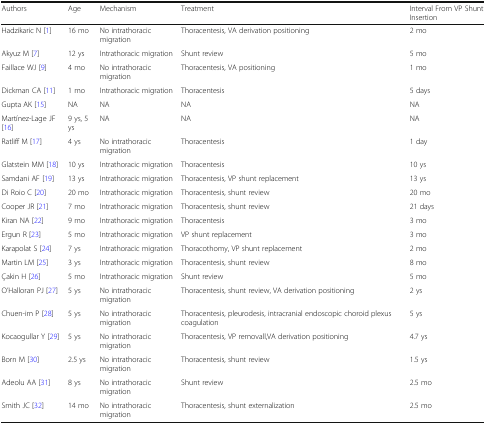
<table><thead><tr><td><b>Authors</b></td><td><b>Age</b></td><td><b>Mechanism</b></td><td><b>Treatment</b></td><td><b>Interval From VP Shunt Insertion</b></td></tr></thead><tbody><tr><td>Hadzikaric N [1]</td><td>16 mo</td><td>No intrathoracic migration</td><td>Thoracentesis, VA derivation positioning</td><td>2 mo</td></tr><tr><td>Akyuz M [7]</td><td>12 ys</td><td>Intrathoracic migration</td><td>Shunt review</td><td>5 mo</td></tr><tr><td>Faillace WJ [9]</td><td>4 mo</td><td>No intrathoracic migration</td><td>Thoracentesis, VA positioning</td><td>1 mo</td></tr><tr><td>Dickman CA [11]</td><td>1 mo</td><td>Intrathoracic migration</td><td>Thoracentesis</td><td>5 days</td></tr><tr><td>Gupta AK [15]</td><td>NA</td><td>NA</td><td>NA</td><td>NA</td></tr><tr><td>Martínez-Lage JF [16]</td><td>9 ys, 5 ys</td><td>NA</td><td>NA</td><td>NA</td></tr><tr><td>Ratliff M [17]</td><td>4 ys</td><td>No intrathoracic migration</td><td>Thoracentesis</td><td>1 day</td></tr><tr><td>Glatstein MM [18]</td><td>10 ys</td><td>Intrathoracic migration</td><td>Thoracentesis</td><td>10 ys</td></tr><tr><td>Samdani AF [19]</td><td>13 ys</td><td>Intrathoracic migration</td><td>Thoracentesis, VP shunt replacement</td><td>13 ys</td></tr><tr><td>Di Roio C [20]</td><td>20 mo</td><td>Intrathoracic migration</td><td>Thoracentesis, shunt review</td><td>20 mo</td></tr><tr><td>Cooper JR [21]</td><td>7 mo</td><td>Intrathoracic migration</td><td>Thoracentesis, shunt review</td><td>21 days</td></tr><tr><td>Kiran NA [22]</td><td>9 mo</td><td>Intrathoracic migration</td><td>Thoracentesis</td><td>3 mo</td></tr><tr><td>Ergun R [23]</td><td>5 mo</td><td>Intrathoracic migration</td><td>VP shunt replacement</td><td>3 mo</td></tr><tr><td>Karapolat S [24]</td><td>7 ys</td><td>Intrathoracic migration</td><td>Thoracothomy, VP shunt replacement</td><td>2 mo</td></tr><tr><td>Martin LM [25]</td><td>3 ys</td><td>Intrathoracic migration</td><td>Thoracentesis, shunt review</td><td>8 mo</td></tr><tr><td>Çakin H [26]</td><td>5 mo</td><td>Intrathoracic migration</td><td>Shunt review</td><td>5 mo</td></tr><tr><td>O’Halloran PJ [27]</td><td>5 ys</td><td>No intrathoracic migration</td><td>Thoracentesis, shunt review, VA derivation positioning</td><td>2 ys</td></tr><tr><td>Chuen-im P [28]</td><td>5 ys</td><td>No intrathoracic migration</td><td>Thoracentesis, pleurodesis, intracranial endoscopic choroid plexus coagulation</td><td>5 ys</td></tr><tr><td>Kocaogullar Y [29]</td><td>5 ys</td><td>No intrathoracic migration</td><td>Thoracentesis, VP removall,VA derivation positioning</td><td>4.7 ys</td></tr><tr><td>Born M [30]</td><td>2.5 ys</td><td>No intrathoracic migration</td><td>Thoracentesis, shunt review</td><td>1.5 ys</td></tr><tr><td>Adeolu AA [31]</td><td>8 ys</td><td>No intrathoracic migration</td><td>Shunt review</td><td>2.5 mo</td></tr><tr><td>Smith JC [32]</td><td>14 mo</td><td>No intrathoracic migration</td><td>Thoracentesis, shunt externalization</td><td>2.5 mo</td></tr></tbody></table>